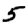
Digit: 5